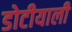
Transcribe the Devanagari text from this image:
डोटीयाली